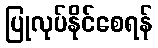
ပြုလုပ်နိုင်စေရန်